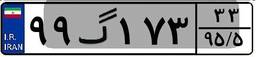
۴۹گ۶۵۵۸۷